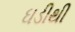
ઘડીથી